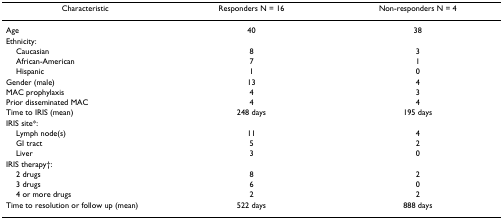
| Characteristic | Responders N = 16 | Non-responders N = 4 |
 | --- | --- | --- |
 | Age | 40 | 38 |
 | Ethnicity: |  |  |
 | Caucasian | 8 | 3 |
 | African-American | 7 | 1 |
 | Hispanic | 1 | 0 |
 | Gender (male) | 13 | 4 |
 | MAC prophylaxis | 4 | 3 |
 | Prior disseminated MAC | 4 | 4 |
 | Time to IRIS (mean) | 248 days | 195 days |
 | IRIS site*: |  |  |
 | Lymph node(s) | 11 | 4 |
 | GI tract | 5 | 2 |
 | Liver | 3 | 0 |
 | IRIS therapy†: |  |  |
 | 2 drugs | 8 | 2 |
 | 3 drugs | 6 | 0 |
 | 4 or more drugs | 2 | 2 |
 | Time to resolution or follow up (mean) | 522 days | 888 days |